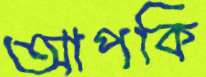
আপকি